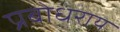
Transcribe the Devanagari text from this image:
प्रबोधराय